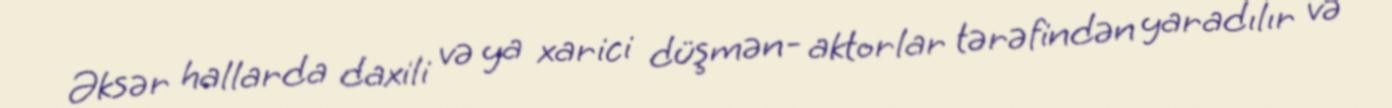
Əksər hallarda daxili və ya xarici düşmən- aktorlar tərəfindən yaradılır və